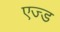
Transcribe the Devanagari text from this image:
एज्ड